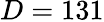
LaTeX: D=131